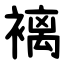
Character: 褵